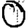
Digit: 0